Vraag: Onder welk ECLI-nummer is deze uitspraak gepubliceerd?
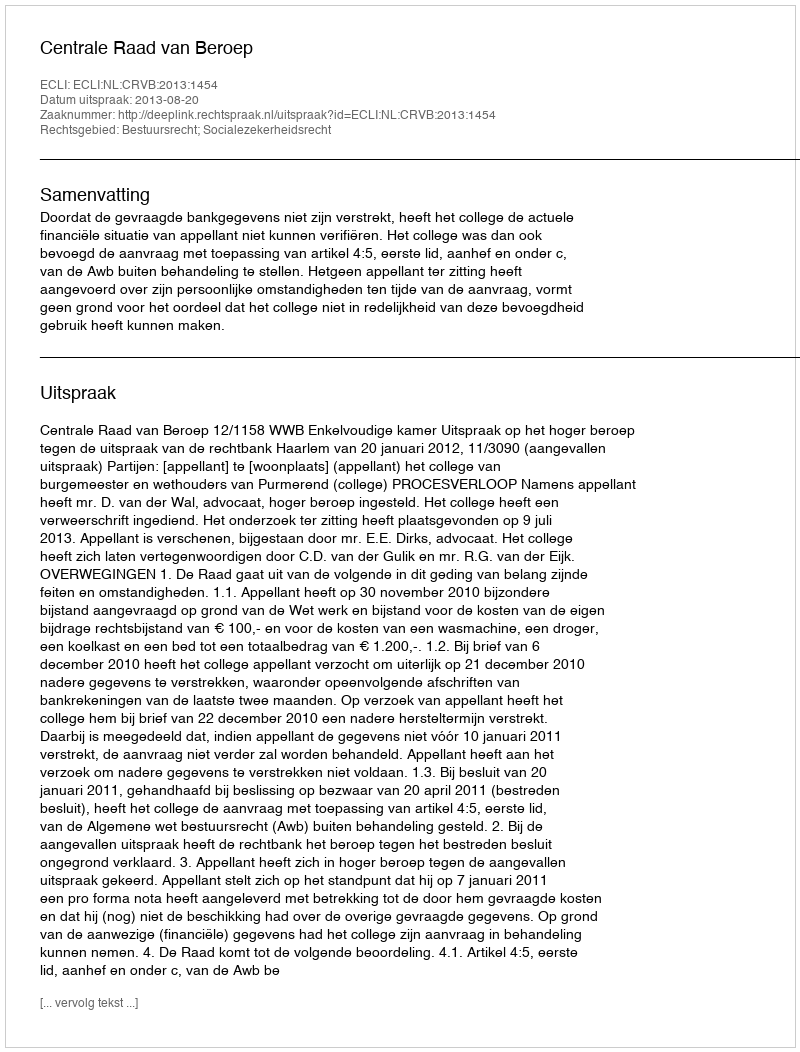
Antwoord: ECLI:NL:CRVB:2013:1454